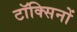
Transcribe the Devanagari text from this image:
टॉक्सिनों